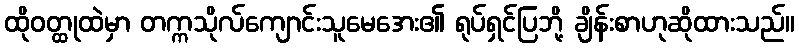
ထိုဝတ္ထုထဲမှာ တက္ကသိုလ်ကျောင်းသူမေအေး၏ ရုပ်ရှင်ပြဘို့ ချိန်းစာဟုဆိုထားသည်။